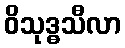
ဝိသုဒ္ဓသီလာ